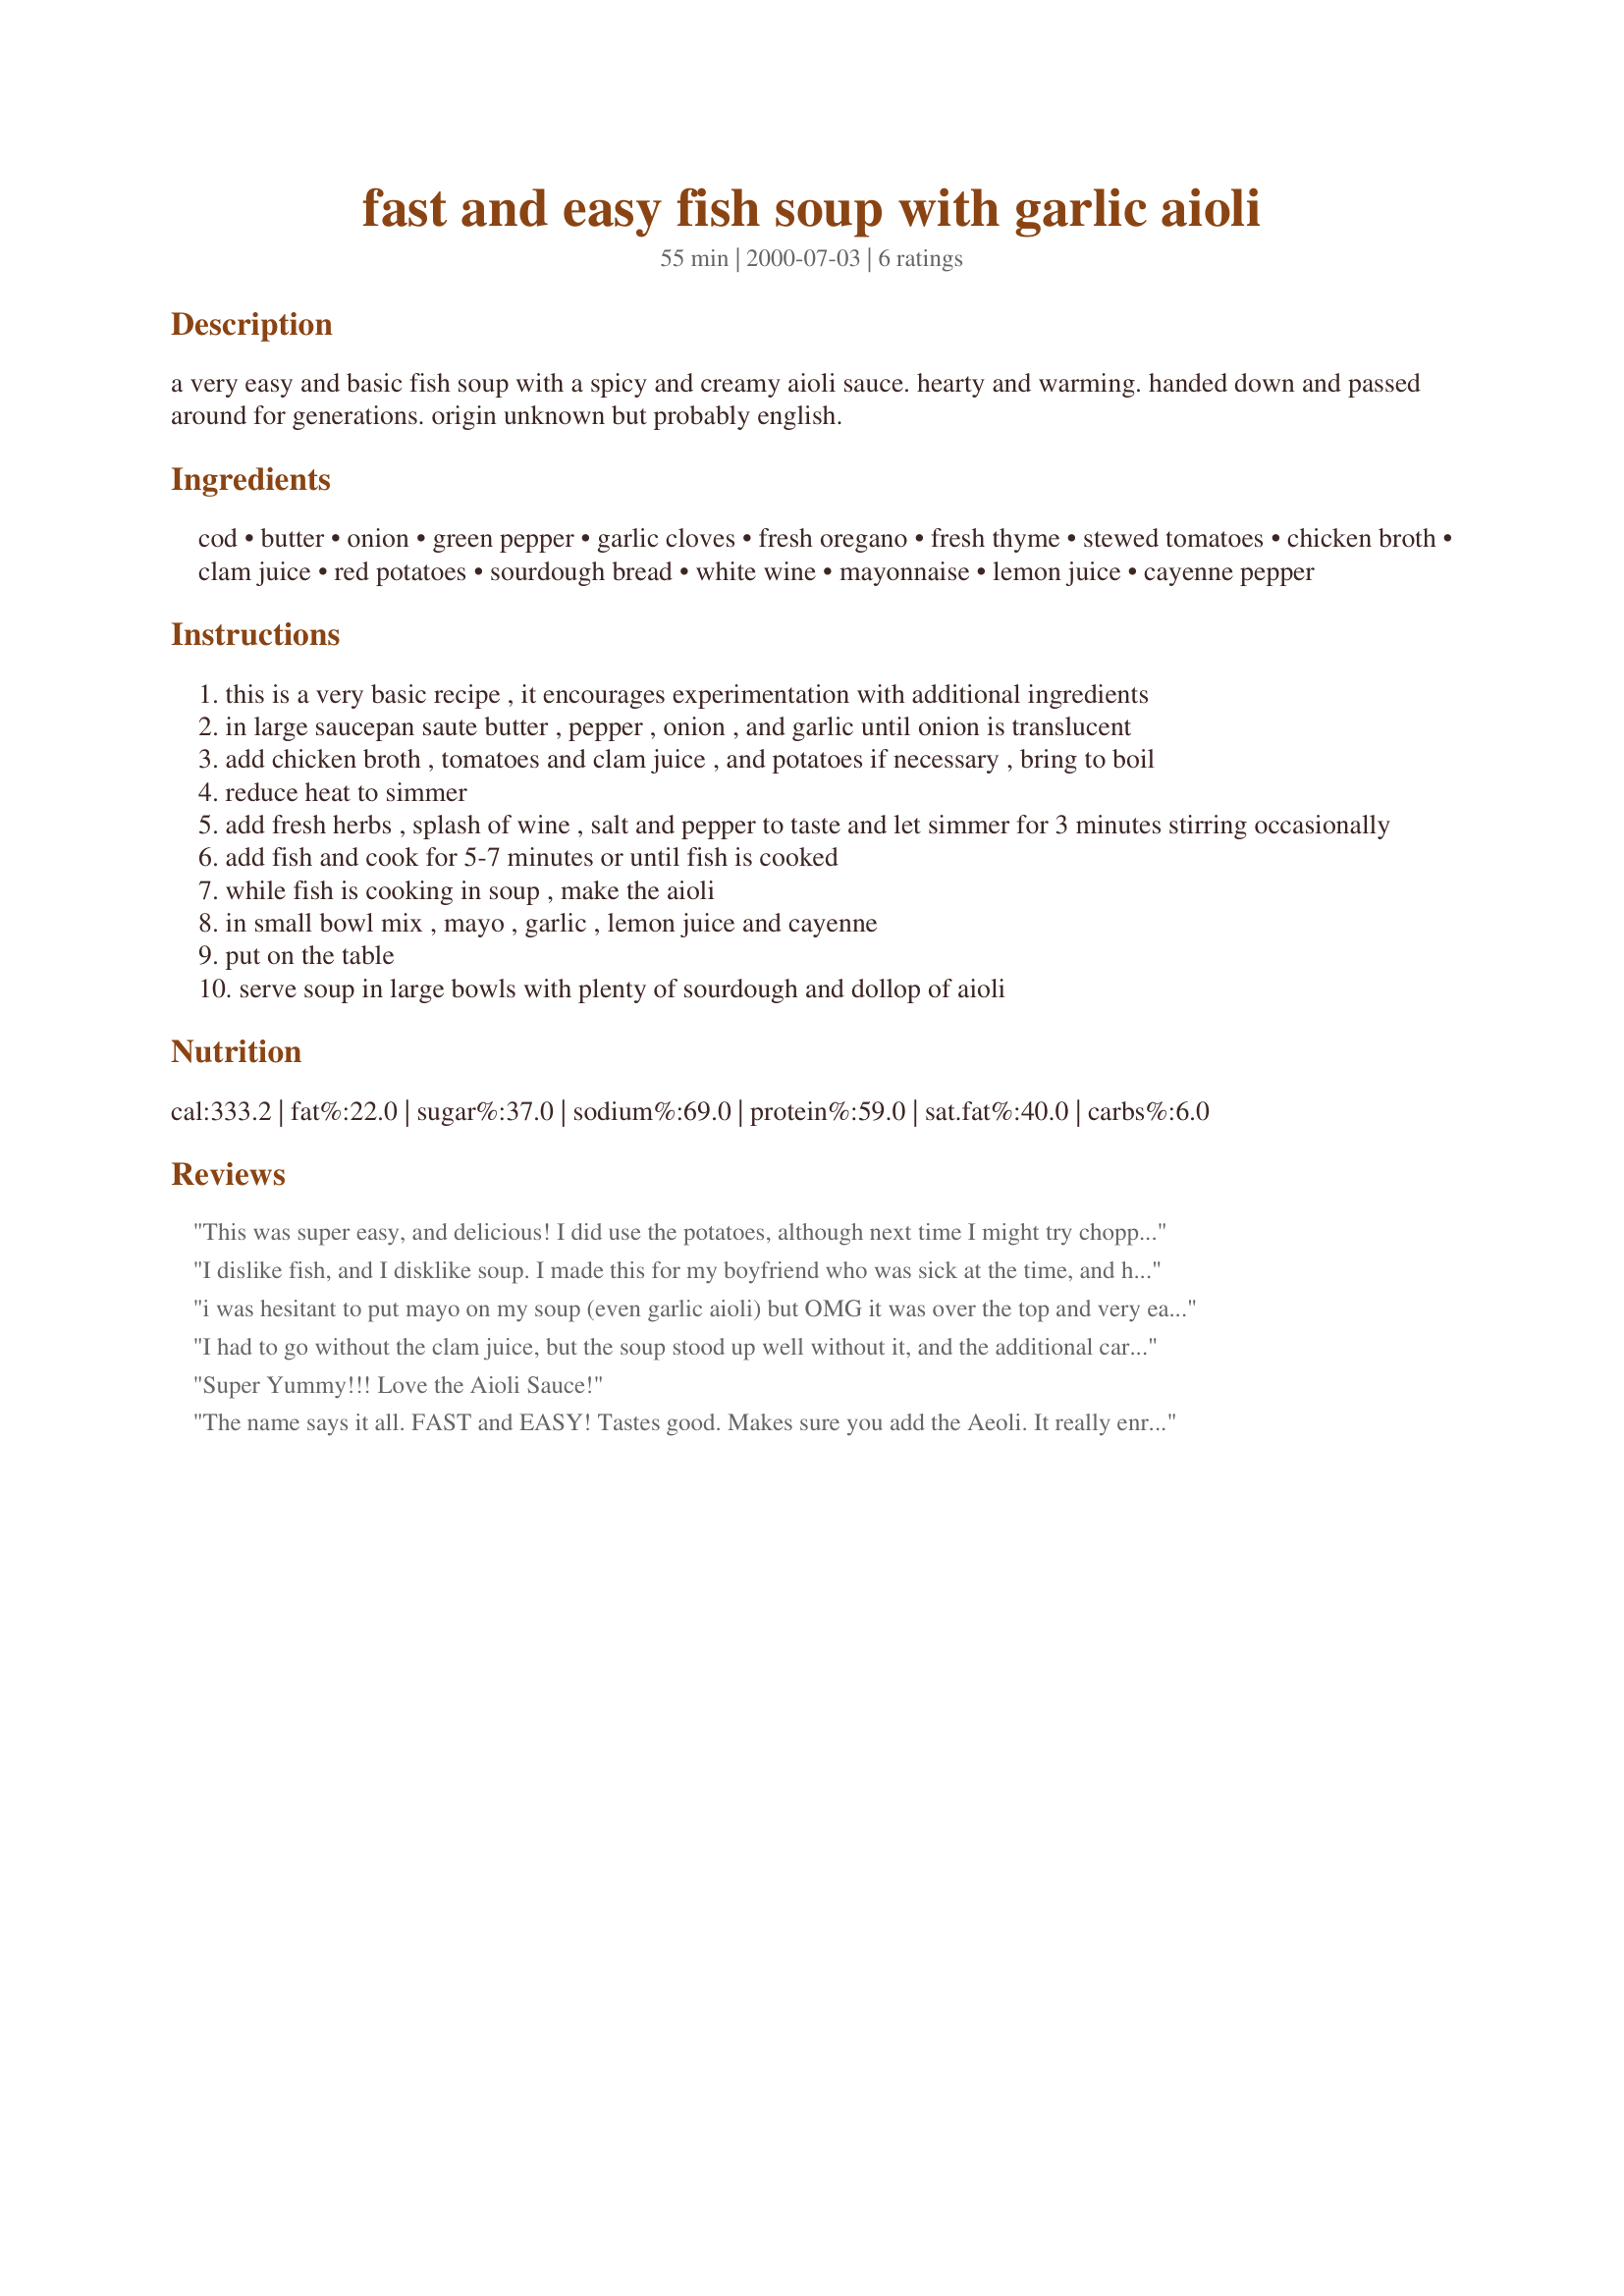
fast and easy fish soup with garlic aioli
Preparation time: 55 minutes

a very easy and basic fish soup with a spicy and creamy aioli sauce. hearty and warming. handed down and passed around for generations. origin unknown but probably english.

Ingredients:
cod, butter, onion, green pepper, garlic cloves, fresh oregano, fresh thyme, stewed tomatoes, chicken broth, clam juice, red potatoes, sourdough bread, white wine, mayonnaise, lemon juice, cayenne pepper

Steps:
this is a very basic recipe , it encourages experimentation with additional ingredients
in large saucepan saute butter , pepper , onion , and garlic until onion is translucent
add chicken broth , tomatoes and clam juice , and potatoes if necessary , bring to boil
reduce heat to simmer
add fresh herbs , splash of wine , salt and pepper to taste and let simmer for 3 minutes stirring occasionally
add fish and cook for 5-7 minutes or until fish is cooked
while fish is cooking in soup , make the aioli
in small bowl mix , mayo , garlic , lemon juice and cayenne
put on the table
serve soup in large bowls with plenty of sourdough and dollop of aioli

Reviews:
This was super easy, and delicious! I did use the potatoes, although next time I might try chopped carrots. I'm not sure how it equates to 3 cans, but I used 4 cups of chicken broth and skipped the clam juice altogether. The only other changes I made were to add about 4 oz. of shrimp (had it on hand), a teaspoon of anchovy paste and a splash of red wine vinegar at the end. This was a hit with both me and DH - great with a caesar salad and bread, and light enough to still have room for dessert. It's definitely a keeper!
I dislike fish, and I disklike soup. I made this for my boyfriend who was sick at the time, and his doctor said he should eat plenty of fish. I loved it! I used alaskan cod with fresh oregano but no thyme. I even sent this to my mother to try! Great for those cold nights. =)
i was hesitant to put mayo on my soup (even garlic aioli) but OMG it was over the top and very easy to make. Good energy dinner!
my one year old wouldnt touch it, tho, gave it a big rasberry
I had to go without the clam juice, but the soup stood up well without it, and the additional carrots and celery I threw in cause I'm sick and needed more veg. This soup is hearty and the aeoli makes it soooo tasty. Not to show off, but I did make homemade mayonnaise (recipe #845) for the aeoli, and I think it helped blend the garlic flavor in more since I did it all in the food processor. 
 This is my friend Rich's recipe (well technically his mom's ;-), and so I had to try it, but I'm not trying to suck up or anything, I'll definately make again.
Super Yummy!!! Love the Aioli Sauce!
The name says it all. FAST and EASY! Tastes good. Makes sure you add the Aeoli. It really enriches the flavor or the soup. I live in a place where fish is plentiful so I have used whatever fish is available.
